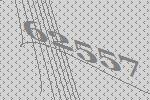
62557